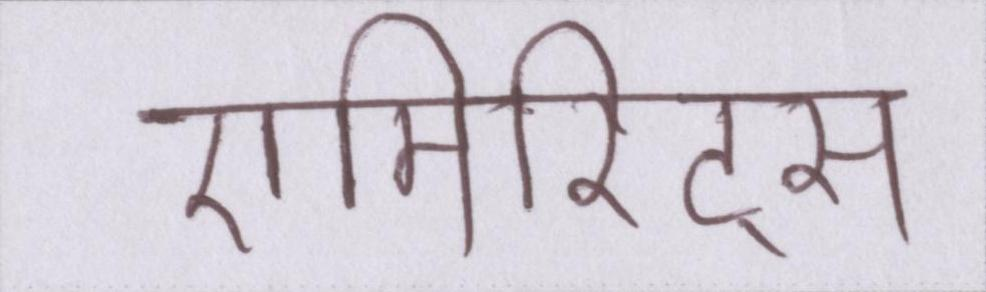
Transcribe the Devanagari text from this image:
एमिरिट्स